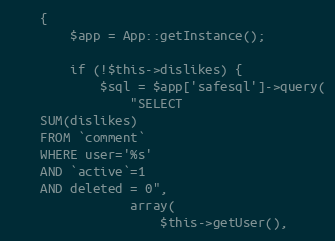
Language: PHP
    {
        $app = App::getInstance();

        if (!$this->dislikes) {
            $sql = $app['safesql']->query(
                "SELECT
    SUM(dislikes)
    FROM `comment`
    WHERE user='%s'
    AND `active`=1
    AND deleted = 0",
                array(
                    $this->getUser(),